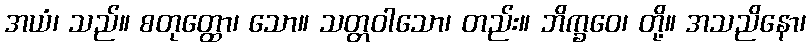
အယံ၊ သည်။ စတုတ္ထော၊ သော။ သတ္တဝါသော၊ တည်း။ ဘိက္ခဝေ၊ တို့။ အသညိနော၊